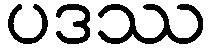
ပဒဿ